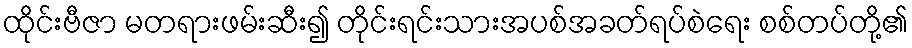
ထိုင်းဗီဇာ မတရားဖမ်းဆီး၍ တိုင်းရင်းသားအပစ်အခတ်ရပ်စဲရေး စစ်တပ်တို့၏